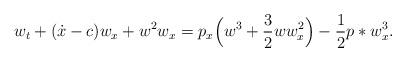
LaTeX: \begin{align*}w_t+(\dot{x}-c)w_x+w^2w_x=p_x\Big(w^3+\dfrac{3}{2}ww_x^2\Big)-\dfrac{1}{2}p*w_x^3.\end{align*}